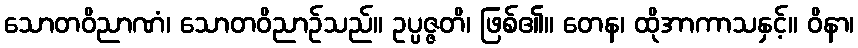
သောတဝိညာဏံ၊ သောတဝိညာဉ်သည်။ ဥပ္ပဇ္ဇတိ၊ ဖြစ်၏။ တေန၊ ထိုအာကာသနှင့်။ ဝိနာ၊